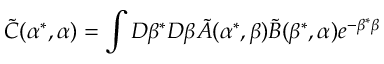
\tilde { C } ( \alpha ^ { * } , \alpha ) = \int D \beta ^ { * } D \beta \tilde { A } ( \alpha ^ { * } , \beta ) \tilde { B } ( \beta ^ { * } , \alpha ) e ^ { - \beta ^ { * } \beta }